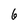
Character: 6